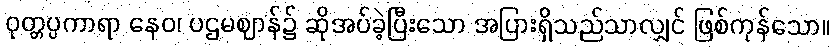
ဝုတ္တပ္ပကာရာ နေဝ၊ ပဌမဈာန်၌ ဆိုအပ်ခဲ့ပြီးသော အပြားရှိသည်သာလျှင် ဖြစ်ကုန်သော။